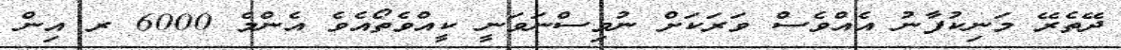
ދޭތެރޭ މަނިކުފާނު އެއްވެސް ވަރަކަށް ނުވިސްނަވަނީ ކީއްވެތޯއެވެ އެންމެ 6000 ރ އިން